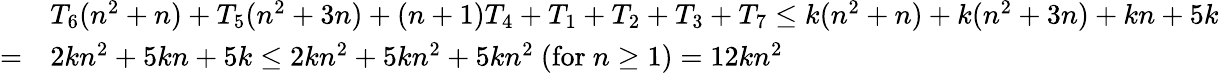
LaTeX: {\begin{array}{rl}&{T_{6}(n^{2}+n)+T_{5}(n^{2}+3n)+(n+1)T_{4}+T_{1}+T_{2}+T_{3}+T_{7}\leq k(n^{2}+n)+k(n^{2}+3n)+kn+5k}\\ {=}&{2kn^{2}+5kn+5k\leq 2kn^{2}+5kn^{2}+5kn^{2}\ ({\mathrm{for~}}n\geq 1)=12kn^{2}}\end{array}}